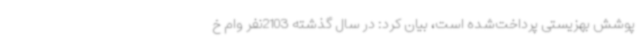
پوشش بهزیستی پرداخت‌شده است، بیان کرد: در سال گذشته 2103نفر وام خ